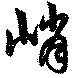
峭